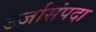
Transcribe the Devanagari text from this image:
उर्जासंपदा